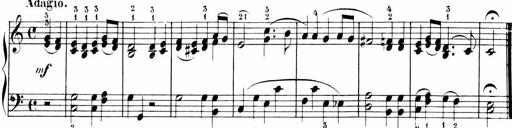
Title: Sonatinen Op.47, 98 und 136, nebst 6 Liedersonatinen
Composer: Carl Reinecke